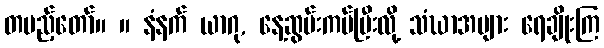
တပည့်တော်။ ။ နံနက် ယာဂု, နေ့ဆွမ်းကပ်ပြီးလို့ သံဃာအများ ရေချိုးကြ